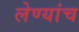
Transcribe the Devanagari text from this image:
लेण्यांच